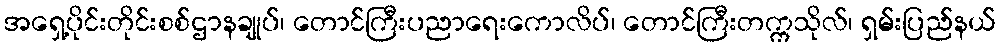
အရှေ့ပိုင်းတိုင်းစစ်ဌာနချုပ်၊ တောင်ကြီးပညာရေးကောလိပ်၊ တောင်ကြီးတက္ကသိုလ်၊ ရှမ်းပြည်နယ်